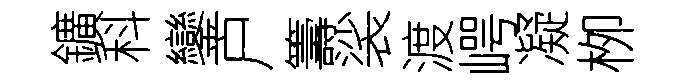
鑛科鑾户籌裟渡崿凝栁